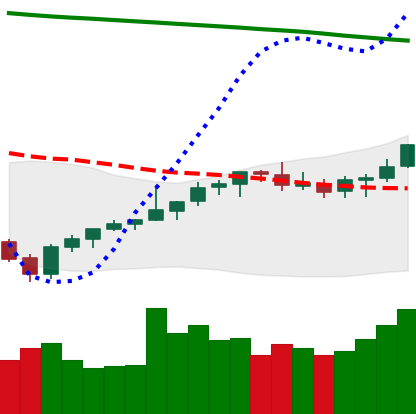
Ticker: LTC-USD
Chart end date: 2021-08-07
Forward return: 5.945%
Label: up_5_7